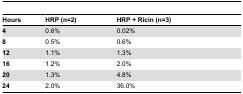
<table><thead><tr><td><b>Hours</b></td><td><b>HRP (n=2)</b></td><td><b>HRP + Ricin (n=3)</b></td></tr></thead><tbody><tr><td><b>4</b></td><td>0.6%</td><td>0.02%</td></tr><tr><td><b>8</b></td><td>0.5%</td><td>0.6%</td></tr><tr><td><b>12</b></td><td>1.1%</td><td>1.3%</td></tr><tr><td><b>16</b></td><td>1.2%</td><td>2.0%</td></tr><tr><td><b>20</b></td><td>1.3%</td><td>4.8%</td></tr><tr><td><b>24</b></td><td>2.0%</td><td>36.0%</td></tr></tbody></table>